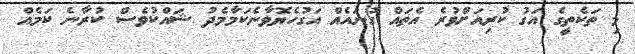
މި ތަކެތީގެ އަގު ކުރިއަށްވުރެ އެތައް ގުނައެއް އަގުހެޔޮވާނެކަމާމެދު ޝައްކުވެސް ކުރާނެ ކަމެއް